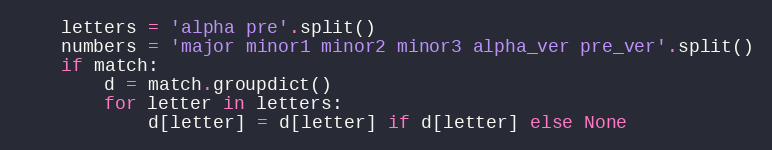
Language: Python
    letters = 'alpha pre'.split()
    numbers = 'major minor1 minor2 minor3 alpha_ver pre_ver'.split()
    if match:
        d = match.groupdict()
        for letter in letters:
            d[letter] = d[letter] if d[letter] else None